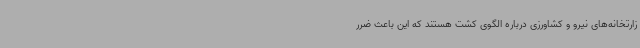
زارتخانه‌های نیرو و کشاورزی درباره الگوی کشت هستند که این باعث ضرر